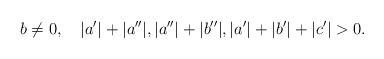
LaTeX: \begin{align*}b\not =0,\quad|a^{\prime}|+|a^{\prime\prime}|,|a^{\prime\prime}|+|b^{\prime\prime}|,|a^{\prime}|+|b^{\prime}|+|c^{\prime}|>0. \end{align*}